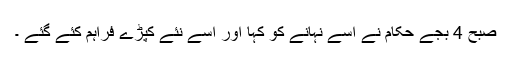
صبح 4 بجے حکام نے اسے نہانے کو کہا اور اسے نئے کپڑے فراہم کئے گئے ۔